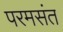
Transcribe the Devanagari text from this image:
परमसंत